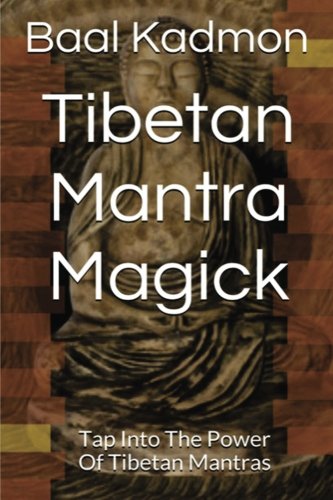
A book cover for Tibetan Mantra Magick: Tap Into The Power Of Tibetan Mantras (Volume 6); Baal Kadmon; Religion & Spirituality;